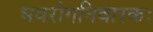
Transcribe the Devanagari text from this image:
भवरोगनिवारकः